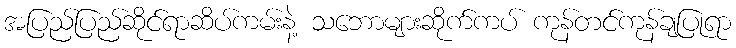
အပြည်ပြည်ဆိုင်ရာဆိပ်ကမ်းနဲ့ သဘောများဆိုက်ကပ် ကုန်တင်ကုန်ချပြုရာ